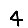
Digit: 4